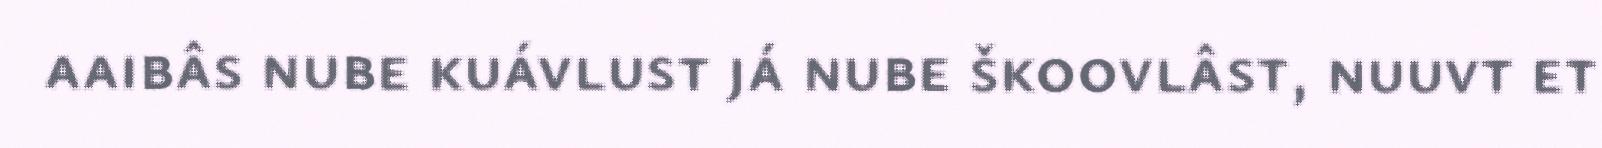
aaibâs nube kuávlust já nube škoovlâst, nuuvt et